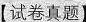
【试卷真题】